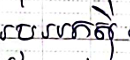
របររកស៊ី